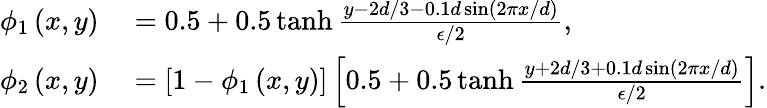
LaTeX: \begin{array}{rl}{\phi_{1}\left(x,y\right)}&{{}=0.5+0.5\operatorname{tanh}\frac{y-2d/3-0.1d\sin\left(2\pi x/d\right)}{\epsilon/2},}\\ {\phi_{2}\left(x,y\right)}&{{}=\left[1-\phi_{1}\left(x,y\right)\right]\left[0.5+0.5\operatorname{tanh}\frac{y+2d/3+0.1d\sin\left(2\pi x/d\right)}{\epsilon/2}\right].}\end{array}